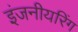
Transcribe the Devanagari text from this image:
इंजनीयरिंग